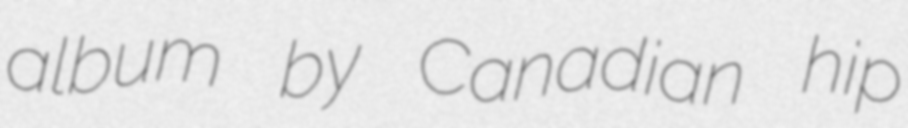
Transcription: album by Canadian hip